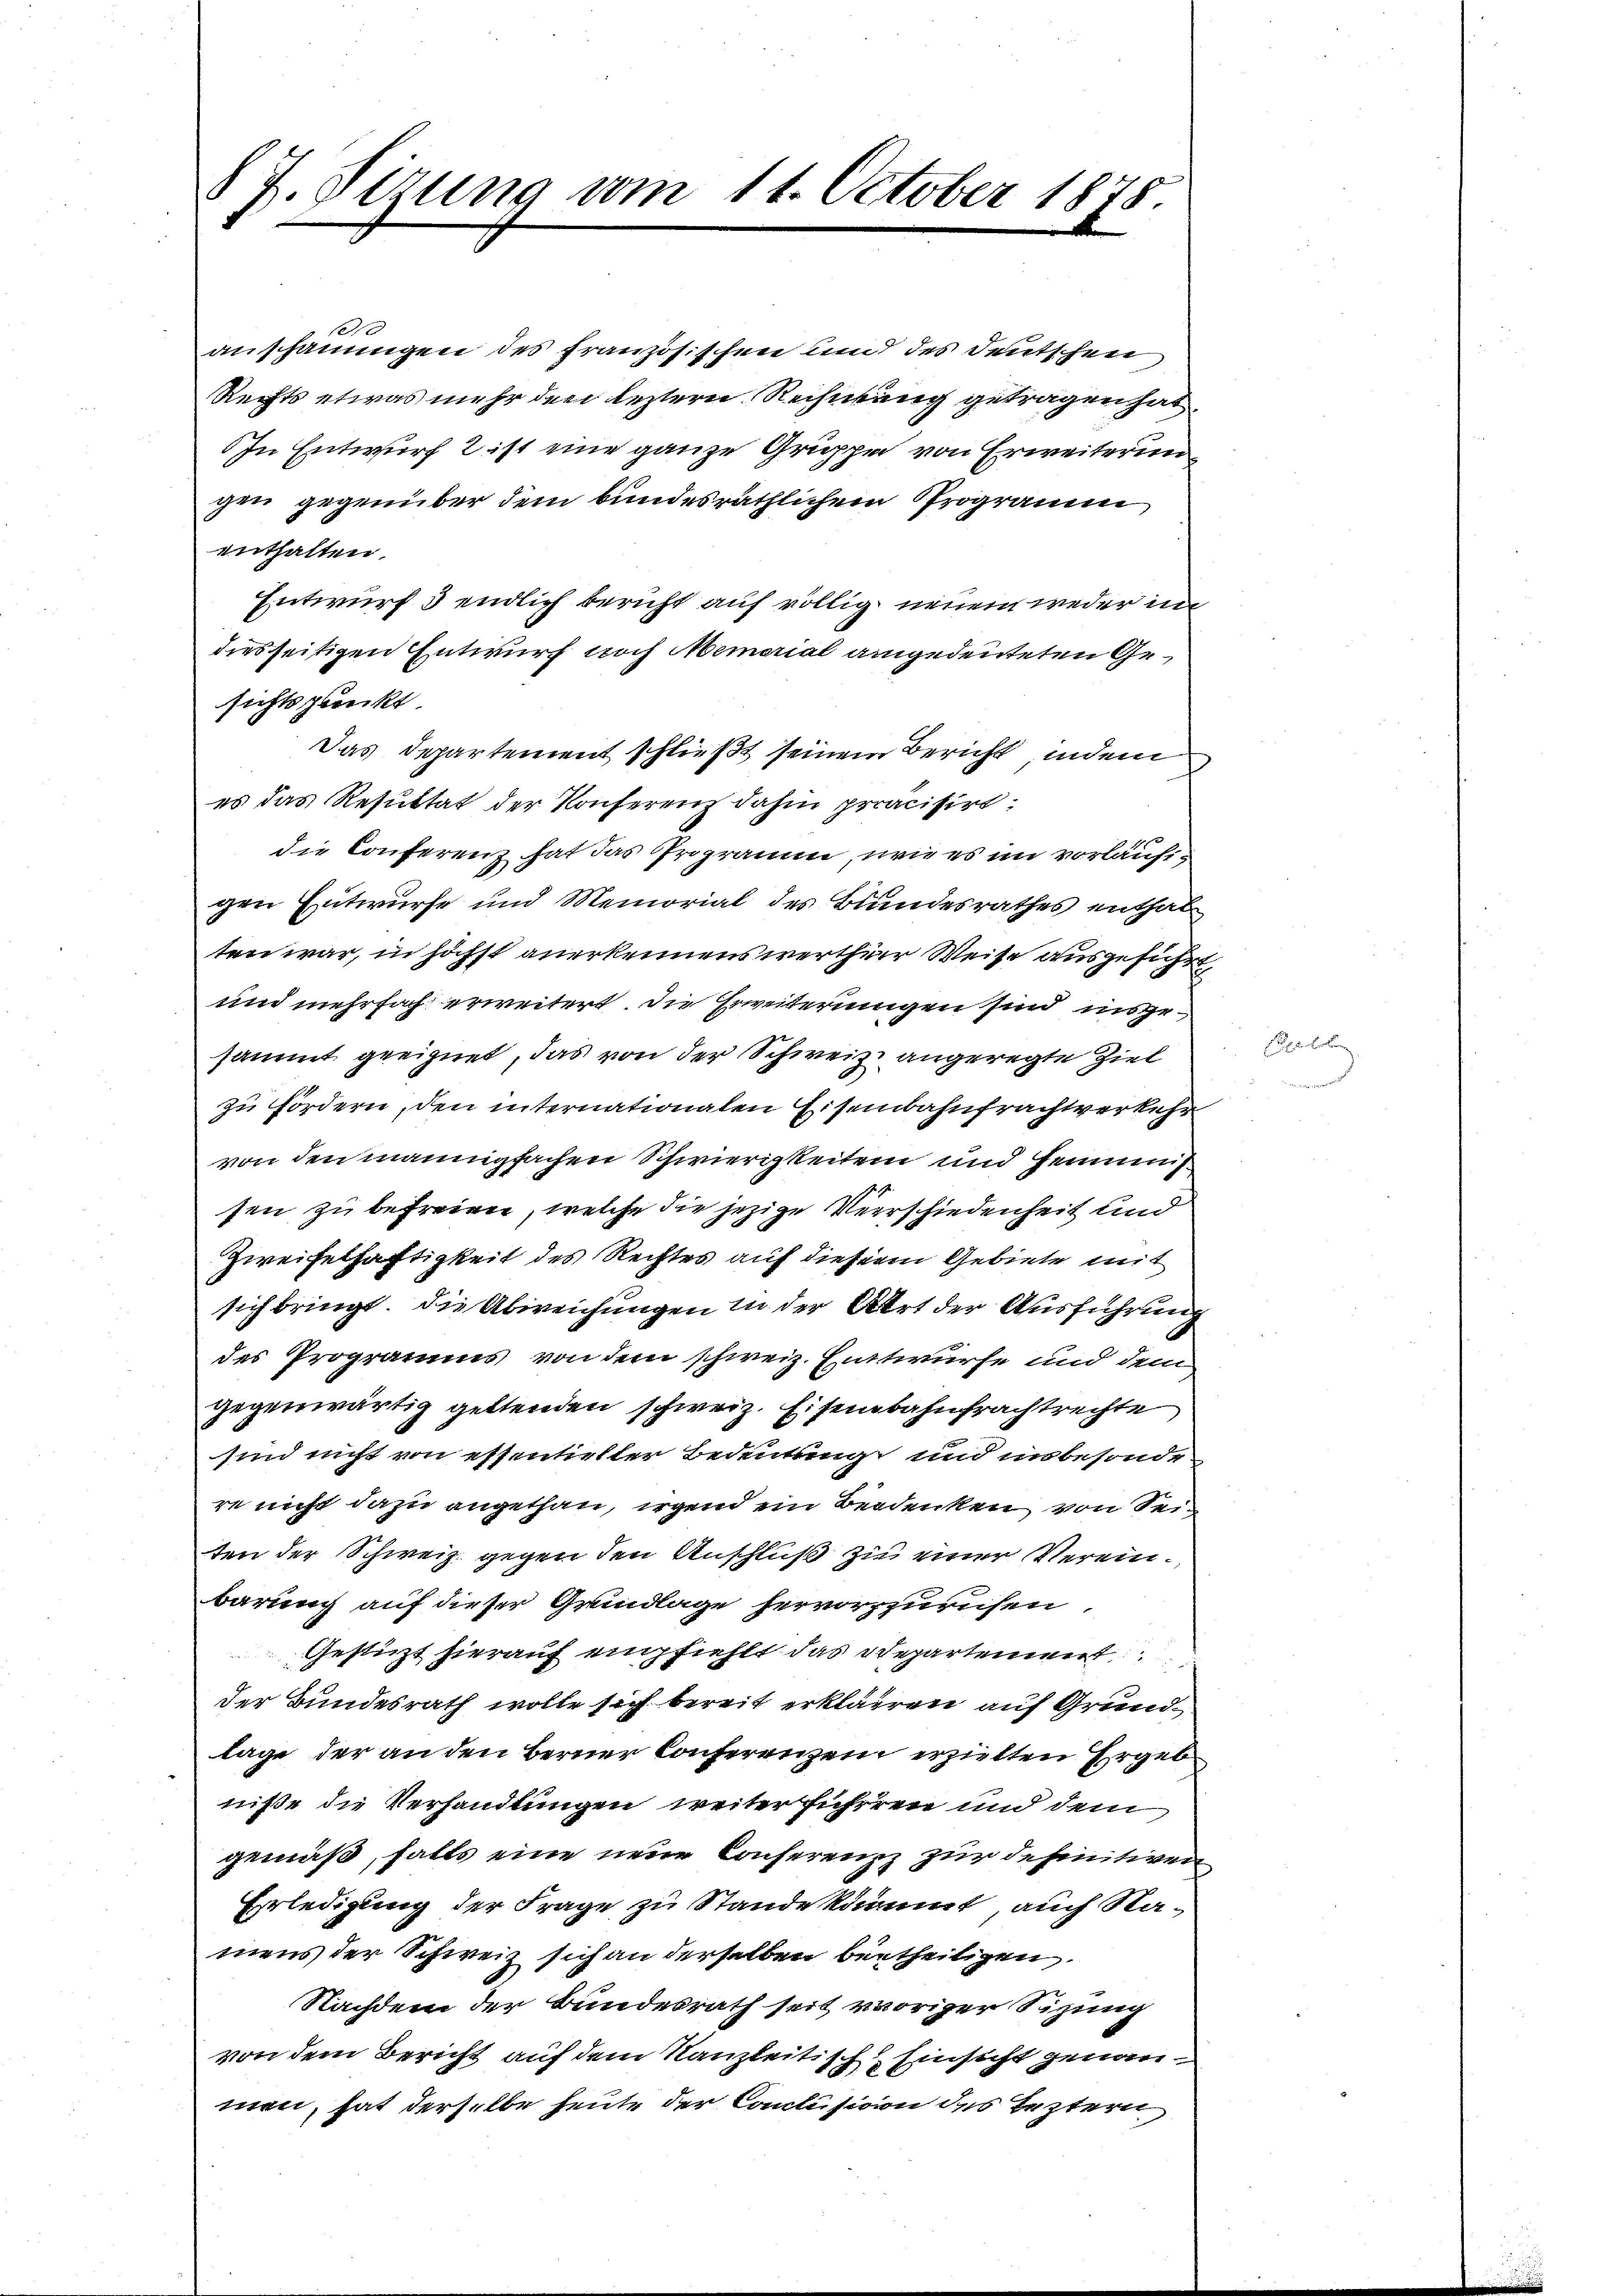
§ 7. Sitzung vom 11. October 1878.

10
anschauungen des französischen und des Deutschen
Rechts etwas mehr den leztern Rechnung getragen hat.
In Entwurf 2 ist eine ganze Gruppe von Erweiterungen gegenüber dem bundesräthlichem Programm
enthalten.
Entwurf 3 endlich bericht auf völlig neuem weder in
diesseitigen Entwurf noch Memorial angedeuteten Gesichtspunkt
Das Departement schließt seinem Bericht, indem
es das Resultat der Konferenz dahin präcisiredie Conferenz hat das Programm, wie es im vorläuftgen Entwurfe und Memorial des Bundesrathes enthalten war, in höchst anerkennenswerthur Weise ausgeführt,
und mehrfach erweitert, die Erweiterungen sind insgesammt geeignet, das von der Schweiz angeregte Ziel
zu fördern, den internationalen Eisenbahnfrachtverkehr
von den mannigfachen Schwierigkeiten und Hemmun
sen zu befreien, welche die jezige Verrschiedenheit und
Zweifelhaftigkeit des Rechtes auf diesem Gebiete mit
sich bringt. Die Abweichungen in der Art der Ausführung
des Programms von dem schweiz. Entwurfe und dem
gegenwärtig geltenden schweiz. Eisenbahnfrachtrechte
sind nicht von essentieller Bedeutung und insbesonde
re nicht dazu angethan, irgend in Bedenken von Seiten der Schweiz gegen den Anschluß zu einer Vereinbarung auf dieser Grundlage hervorzurichen
Gestürzt hierauf empfiehlt das Departement
der Bundesrath wolle sich bereit erklären auf Grundlage der an den Berner Conferenzen erhielten Ergeb
niße die Verhandlungen weiter führeren und dem
gemäß, falls eine neue Conserenzz zur definitiven
Erledigung der Frage zu Stande kommt, auch Namens der Schweiz sich an derselben betheiligen
Nachdem der Bundesrath seit voriger Sitzung
von dem Bericht auf dem Kanzleitisch Einsicht genanmen, hat derselbe heute der Conclusion des Leztern

B